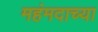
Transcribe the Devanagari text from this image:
महंमदाच्या